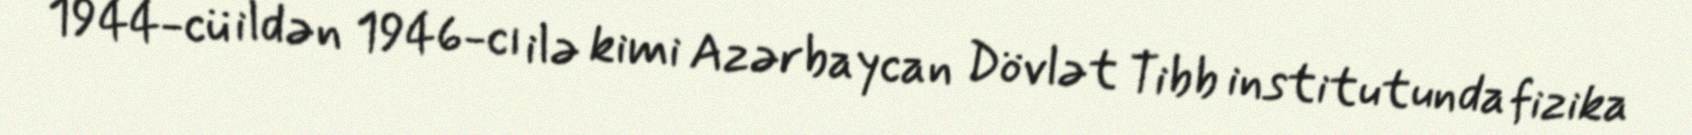
1944-cü ildən 1946-cı ilə kimi Azərbaycan Dövlət Tibb institutunda fizika